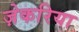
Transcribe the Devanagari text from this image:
ज़ेकरिया